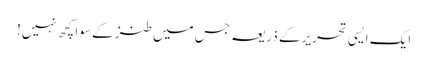
ایک ایسی تحریر کے ذریعہ جس میں طنز کے سوا کچھ نہیں!